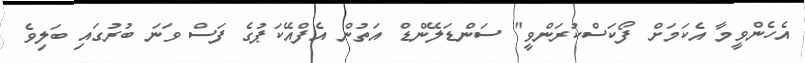
އެހެންވީމާ އެކަމަށް ފޯކަސްކުރަންވީ" ސަންޑަލޭންޑް އަތުން އެފްއޭކަޕުގެ ފަސް ވަނަ ބުރުގައި ބަލިވެ